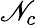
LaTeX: \mathscr{N}_{c}